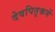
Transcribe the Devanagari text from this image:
देवपितृकर्मे